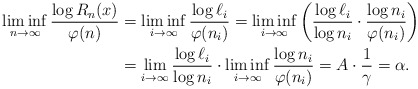
\begin{align*}\liminf_{n \to \infty} \frac{\log R_{n}(x)}{\varphi(n)} &=\liminf_{i \to \infty} \frac{\log \ell_i}{\varphi(n_i)}= \liminf_{i \to \infty} \left( \frac{\log \ell_i}{\log n_i} \cdot \frac{\log n_i}{\varphi(n_i)} \right) \\&= \lim_{i \to \infty} \frac{\log \ell_i}{\log n_i} \cdot \liminf_{i \to \infty} \frac{\log n_i}{\varphi(n_i)}= A \cdot \frac 1\gamma = \alpha.\end{align*}